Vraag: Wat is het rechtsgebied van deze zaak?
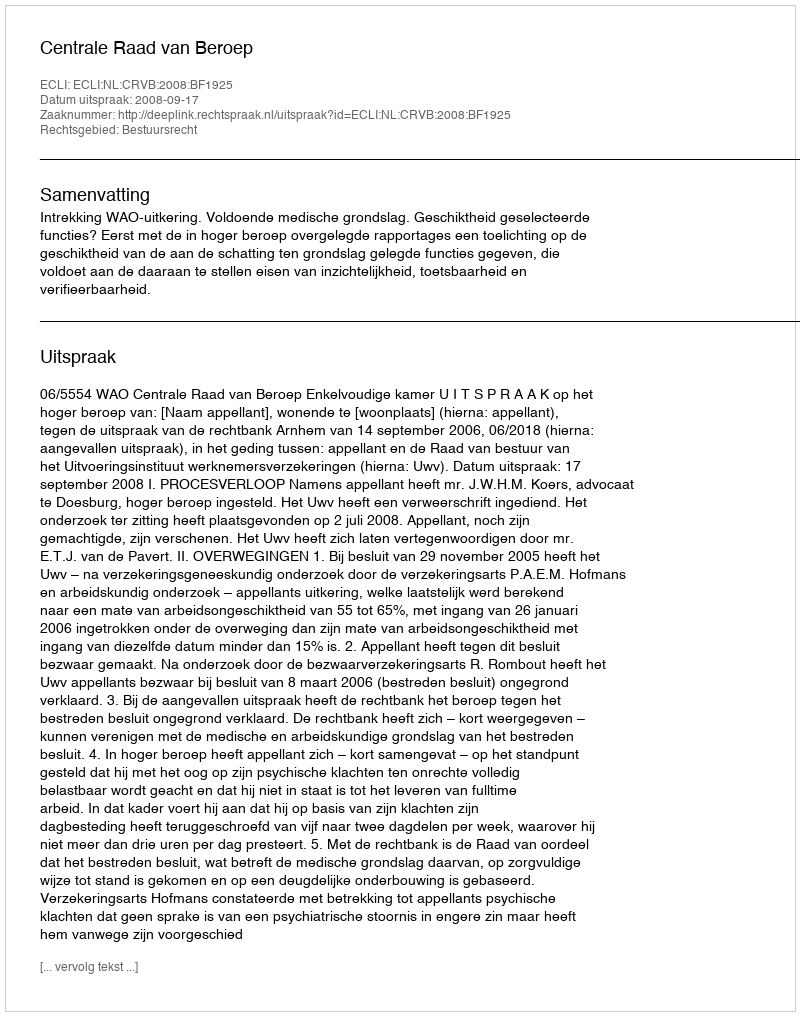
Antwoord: Bestuursrecht